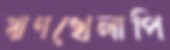
ঋণখেলাপি